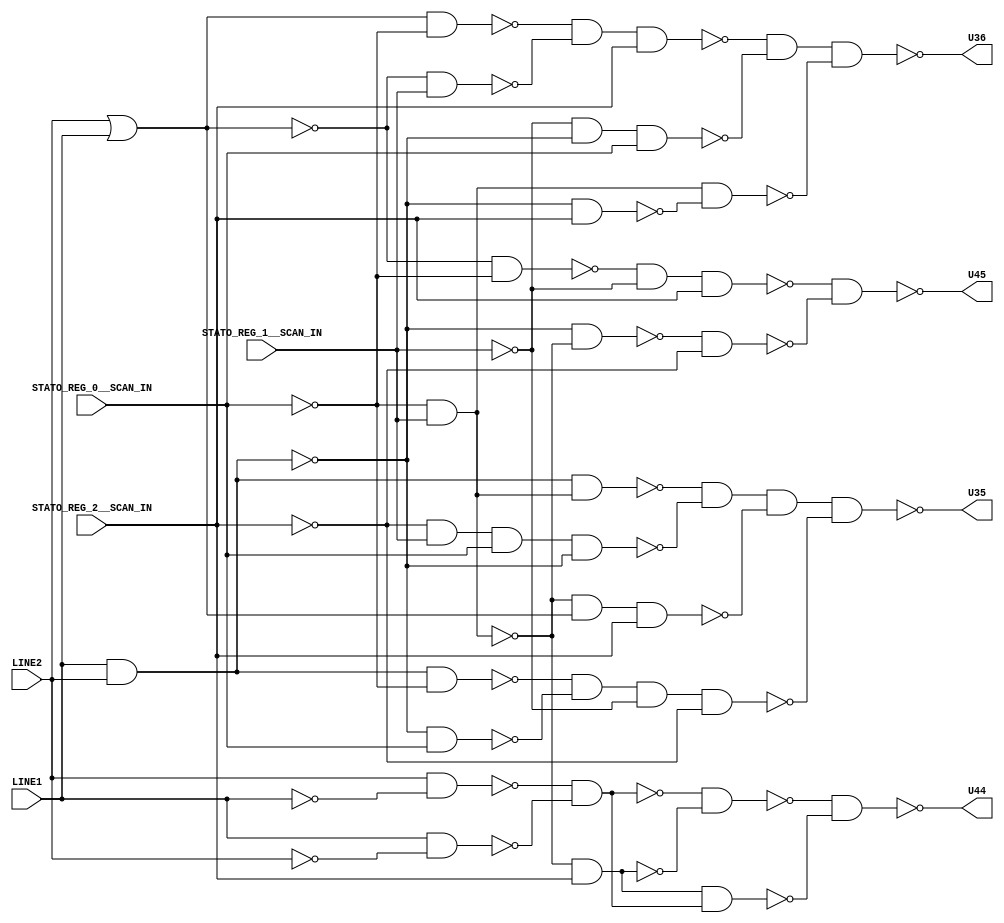
module b01_C( LINE1, LINE2, STATO_REG_2__SCAN_IN, STATO_REG_1__SCAN_IN, STATO_REG_0__SCAN_IN, U35, U36, U44, U45); 
input LINE1, LINE2, STATO_REG_2__SCAN_IN, STATO_REG_1__SCAN_IN, STATO_REG_0__SCAN_IN; 
output U35, U36, U44, U45; 
wire U34, U37, U38, U39, U40, U41, U42, U43, U46, U47, U48, U49, U50, U51, U52, U53, U54, U55, U56, U57, U58, U59, U60, U61, U62, U63, U64, U65, U66, U67, U68, U69, U70, U71, U72, U73; 
assign U37 = LINE2 | LINE1; 
assign U38 = ~STATO_REG_2__SCAN_IN; 
assign U39 = ~STATO_REG_1__SCAN_IN; 
assign U40 = ~LINE2; 
assign U41 = ~LINE1; 
assign U42 = ~STATO_REG_0__SCAN_IN; 
assign U47 = ~(LINE1 & LINE2); 
assign U34 = U38 & STATO_REG_1__SCAN_IN & STATO_REG_0__SCAN_IN; 
assign U43 = ~(U42 & STATO_REG_1__SCAN_IN); 
assign U49 = ~U37; 
assign U51 = ~U47; 
assign U54 = ~(U47 & STATO_REG_2__SCAN_IN); 
assign U55 = ~(U39 & U47 & STATO_REG_0__SCAN_IN); 
assign U62 = ~(U37 & U42); 
assign U63 = ~(U47 & STATO_REG_0__SCAN_IN); 
assign U69 = ~(LINE1 & U40); 
assign U70 = ~(LINE2 & U41); 
assign U46 = ~(U70 & U69); 
assign U48 = ~(U43 & STATO_REG_2__SCAN_IN); 
assign U50 = ~(U49 & U42); 
assign U52 = ~U43; 
assign U53 = ~(U47 & U43); 
assign U61 = ~(U49 & STATO_REG_1__SCAN_IN); 
assign U64 = ~(U51 & U42); 
assign U66 = ~(U43 & U37 & STATO_REG_2__SCAN_IN); 
assign U67 = ~(U34 & U47); 
assign U56 = ~(U52 & U54); 
assign U57 = ~(U62 & U61 & STATO_REG_2__SCAN_IN); 
assign U58 = ~U48; 
assign U59 = ~(U53 & U38); 
assign U60 = ~(U50 & U39 & STATO_REG_2__SCAN_IN); 
assign U65 = ~(U64 & U63 & U39 & U38); 
assign U68 = ~(U51 & U52); 
assign U71 = ~U46; 
assign U73 = ~(U46 & U48); 
assign U35 = ~(U68 & U67 & U66 & U65); 
assign U36 = ~(U57 & U55 & U56); 
assign U45 = ~(U60 & U59); 
assign U72 = ~(U58 & U71); 
assign U44 = ~(U73 & U72); 
endmodule